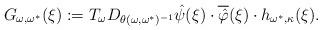
LaTeX: \begin{align*}G_{\omega,\omega^\ast}(\xi) := T_\omega D_{\theta(\omega,\omega^\ast)^{-1}}\hat\psi(\xi)\cdot \overline{\hat\varphi}(\xi)\cdot h_{\omega^\ast,\kappa}(\xi).\end{align*}